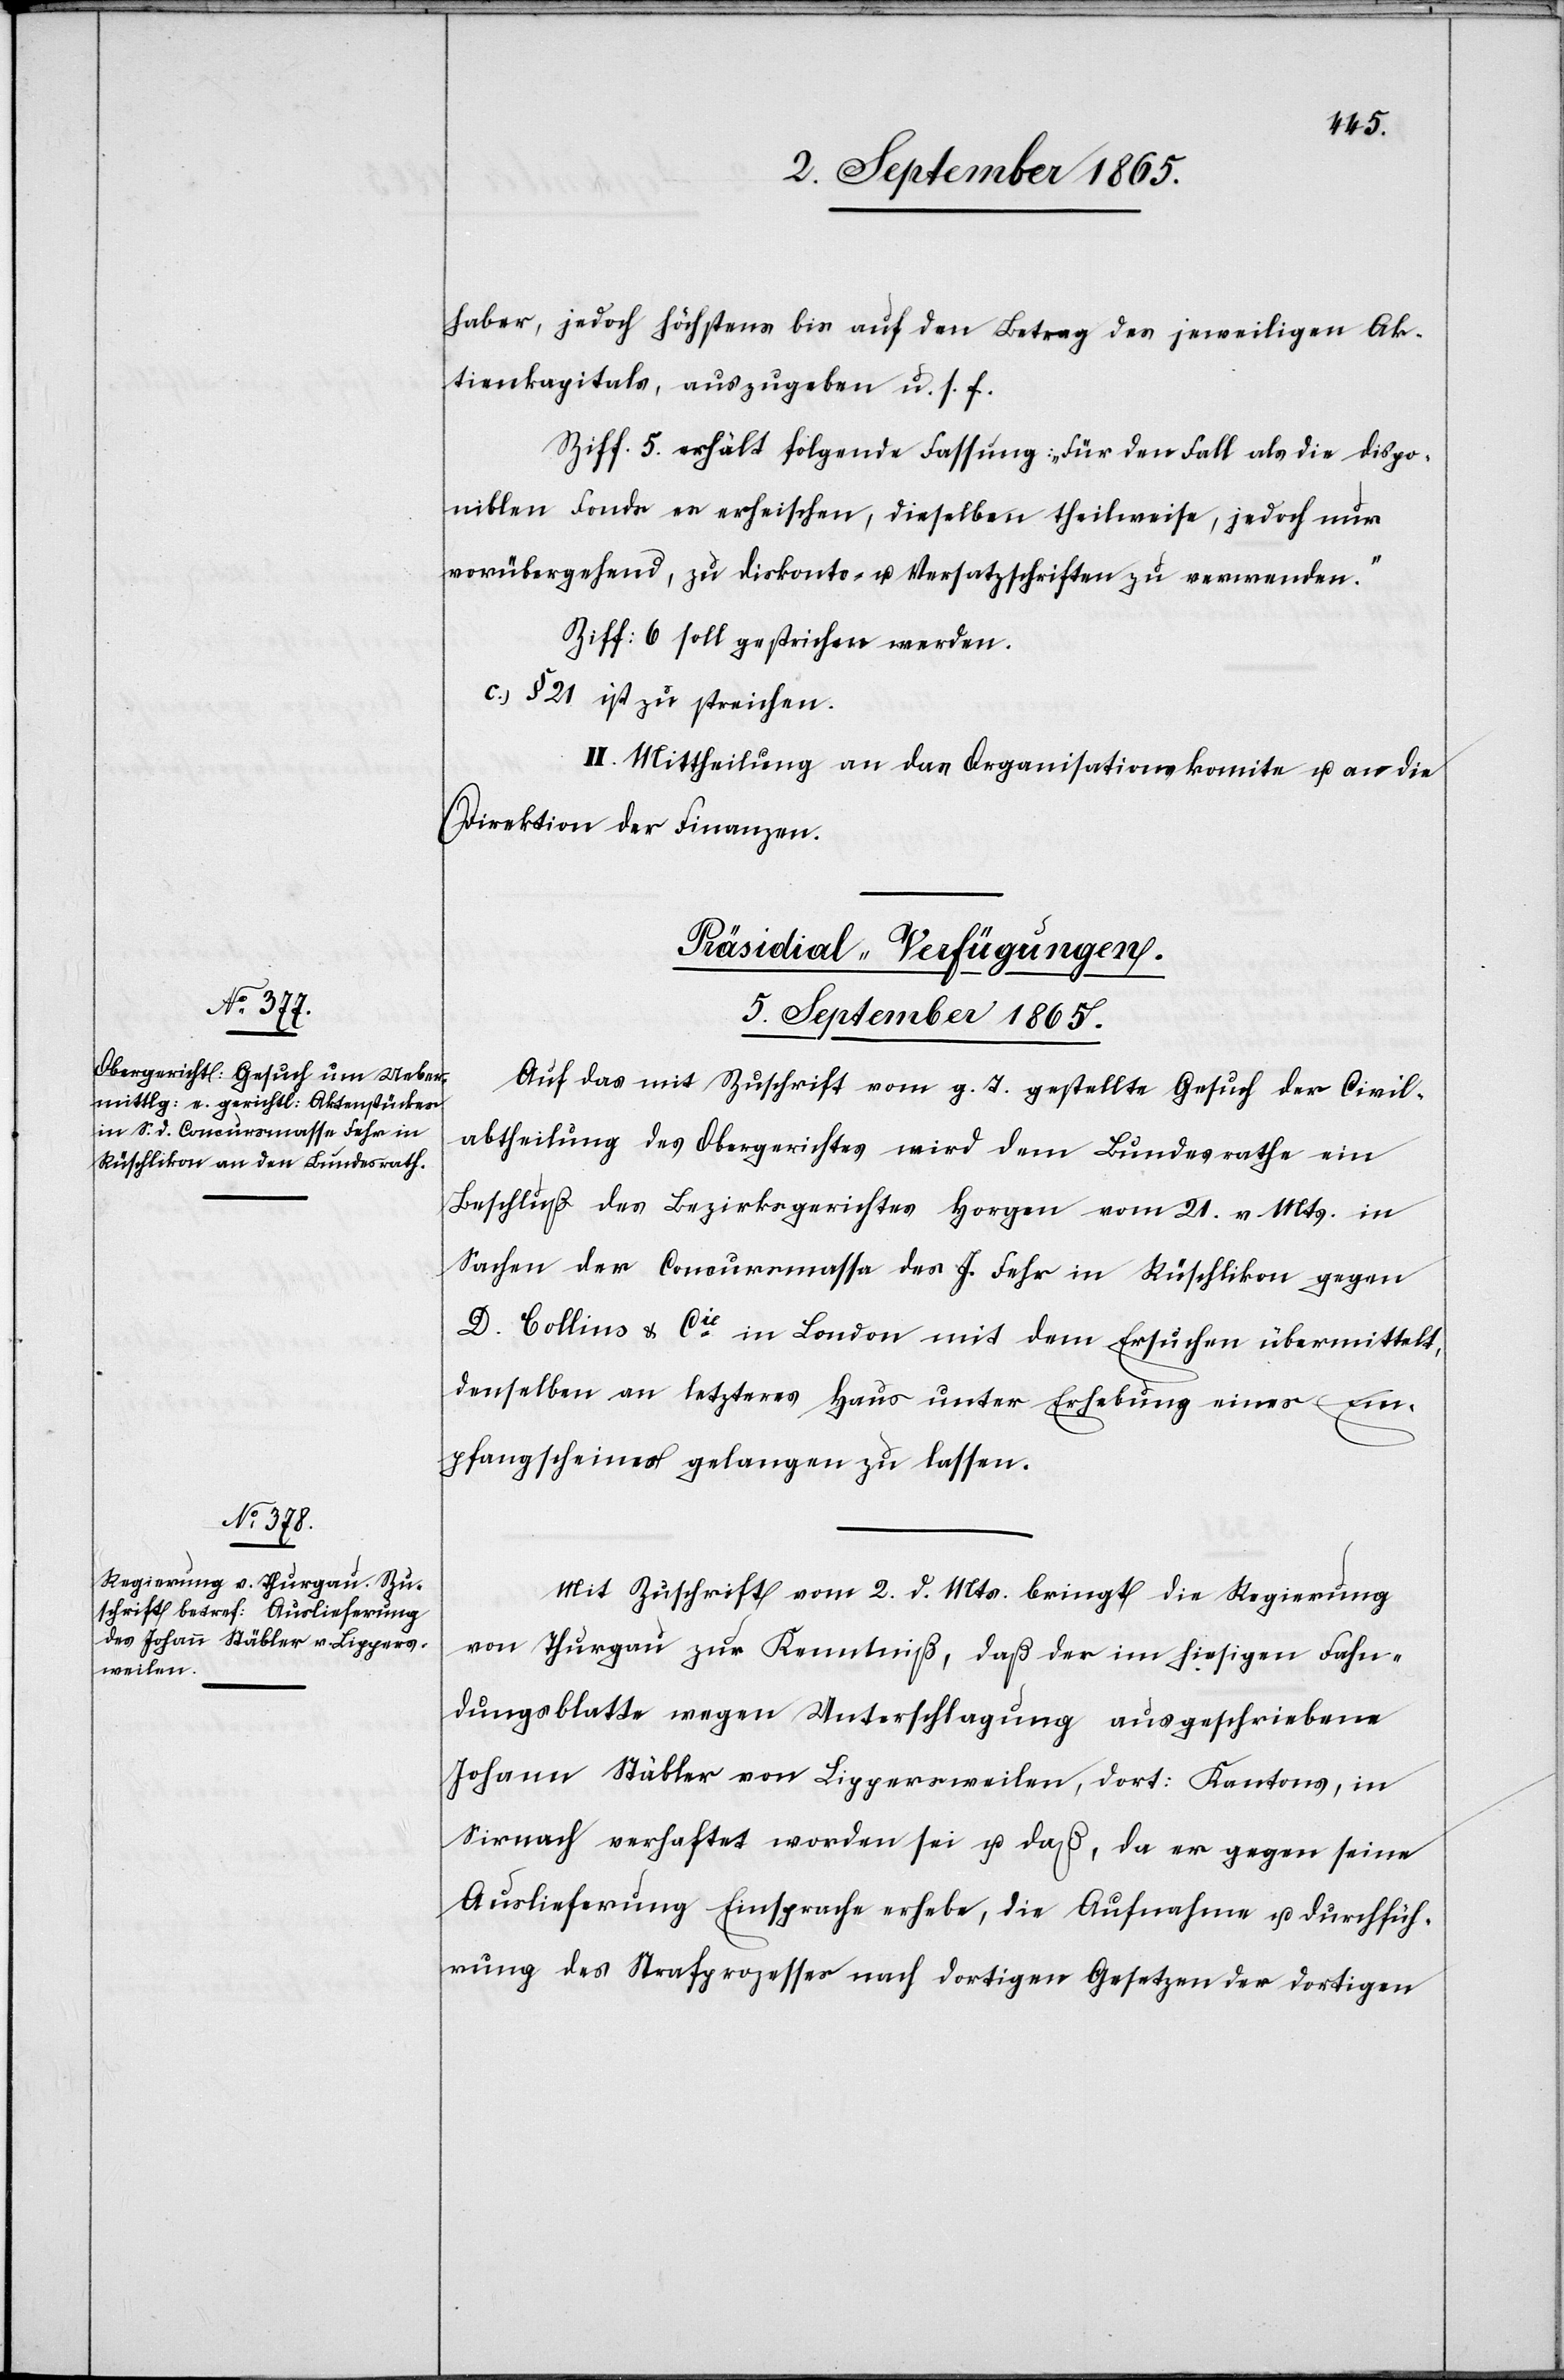
haber, jedoch höchstens bis auf den Betrag des jeweiligen Ak¬
tienkapitals, auszugeben u. s. f.
Ziff. 5. erhält folgende Fassung: „Für den Fall als die dispo¬
niblen Fonds es erheischen, dieselben theilweise, jedoch nur
vorübergehend, zu diskonto- u. Versatzschriften zu verwenden.“
Ziff: 6 soll gestrichen werden.
c.) § 21 ist zu streichen.
II. Mittheilung an das Organisationskomite u. an die
Direktion der Finanzen.
[Präsidial-Verfügungen.
5. September 1865.]
Auf das mit Zuschrift vom g. T. gestellte Gesuch der Civil¬
abtheilung des Obergerichtes wird dem Bundesrathe mit
Beschluß des Bezirksgerichtes Horgen vom 21. v. Mts. in
Sachen der Concursmassa des J. Fehr in Rüschlikon gegen
D. Collins & Cie in London mit dem Ersuchen übermittelt,
denselben an letzteres Haus unter Erhebung eines Em¬
pfangscheines gelangen zu lassen.
Mit Zuschrift vom 2. d. Mts. bringt die Regierung
von Thurgau zur Kenntniß, daß der im hiesigen Fahn¬
dungsblatte wegen Unterschlagung ausgeschriebene
Johann Stäbler von Lippersweilen, dort. Kantons, in
Sirnach verhaftet worden sei u. daß, da er gegen seine
Auslieferung Einsprache erhebe, die Aufnahme u. Durchfüh¬
rung des Strafprozesses nach dortigen Gesetzen der dortigen